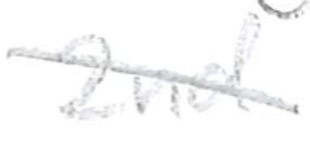
Text: 2nd
Cross-out: mix
Writing tool: pencil